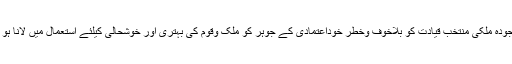
موجودہ ملکی منتخب قیادت کو بلاخوف وخطر خوداعتمادی کے جوہر کو ملک وقوم کی بہتری اور خوشحالی کیلئے استعمال میں لانا ہو گا۔